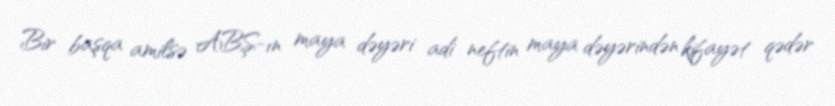
Bir başqa amilsə ABŞ-ın maya dəyəri adi neftin maya dəyərindən kifayət qədər